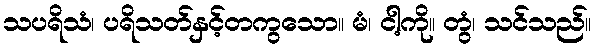
သပရိသံ၊ ပရိသတ်နှင့်တကွသော။ မံ၊ ငါ့ကို။ တွံ၊ သင်သည်။